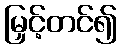
မြှင့်တင်၍